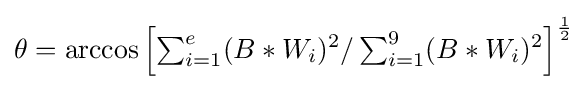
\theta =\arccos \left[\textstyle \sum _{i=1}^{e}\displaystyle (B*W_{i})^{2}/\textstyle \sum _{i=1}^{9}\displaystyle (B*W_{i})^{2}\right]^{\frac {1}{2}}